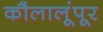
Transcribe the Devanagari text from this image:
कौलालूंपूर